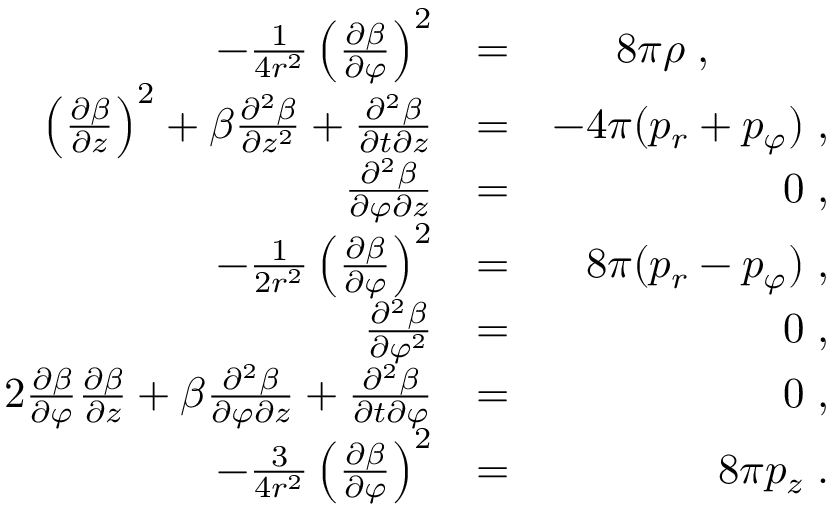
\begin{array} { r l r } { - \frac { 1 } { 4 r ^ { 2 } } \left( \frac { \partial \beta } { \partial \varphi } \right) ^ { 2 } } & { = } & { 8 \pi \rho \; , \; \; \; \; \; \; \; \; \; \; } \\ { \left( \frac { \partial \beta } { \partial z } \right) ^ { 2 } + \beta \frac { \partial ^ { 2 } \beta } { \partial z ^ { 2 } } + \frac { \partial ^ { 2 } \beta } { \partial t \partial z } } & { = } & { - 4 \pi ( p _ { r } + p _ { \varphi } ) \; , } \\ { \frac { \partial ^ { 2 } \beta } { \partial \varphi \partial z } } & { = } & { 0 \; , } \\ { - \frac { 1 } { 2 r ^ { 2 } } \left( \frac { \partial \beta } { \partial \varphi } \right) ^ { 2 } } & { = } & { 8 \pi ( p _ { r } - p _ { \varphi } ) \; , } \\ { \frac { \partial ^ { 2 } \beta } { \partial \varphi ^ { 2 } } } & { = } & { 0 \; , } \\ { 2 \frac { \partial \beta } { \partial \varphi } \frac { \partial \beta } { \partial z } + \beta \frac { \partial ^ { 2 } \beta } { \partial \varphi \partial z } + \frac { \partial ^ { 2 } \beta } { \partial t \partial \varphi } } & { = } & { 0 \; , } \\ { - \frac { 3 } { 4 r ^ { 2 } } \left( \frac { \partial \beta } { \partial \varphi } \right) ^ { 2 } } & { = } & { 8 \pi p _ { z } \; . } \end{array}